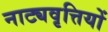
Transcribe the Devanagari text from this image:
नाट्यवृत्तियों